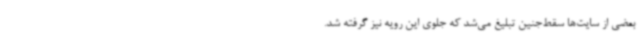
بعضی از سایت‌ها سقط‌جنین تبلیغ می‌شد که جلوی این رویه نیز گرفته شد.